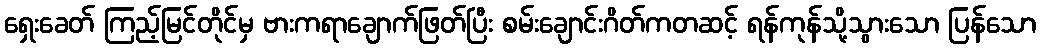
ရှေးခေတ် ကြည့်မြင်တိုင်မှ ဗားကရာချောက်ဖြတ်ပြီး စမ်းချောင်းဂိတ်ကတဆင့် ရန်ကုန်သို့သွားသော ပြန်သော